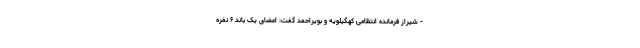
- شیراز فرمانده انتظامی کهگیلویه و بویراحمد گفت: اعضای یک باند ۶ نفره